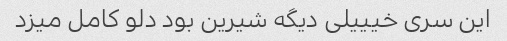
این سری خیییلی دیگه شیرین بود دلو کامل میزد